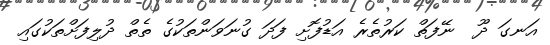
އަނގަ ދޫ  ނޭފަތް ކަރުތެރެ އަޑުފޮށި ފަދަ ގުނަވަންތަކުގެ ތެތް ދުލިފަށްތަކުގައި